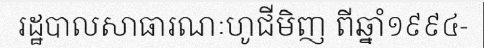
រដ្ឋបាលសាធារណៈហូជីមិញ ពីឆ្នាំ១៩៩៤-